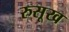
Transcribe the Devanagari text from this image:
रुसूख